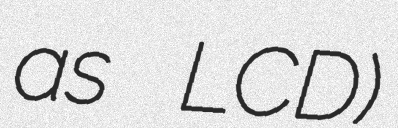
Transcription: as LCD)